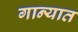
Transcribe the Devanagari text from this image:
गान्यात